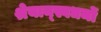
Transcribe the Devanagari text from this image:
श्रेयान्स्वधर्मो